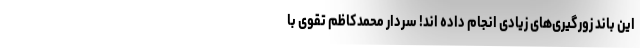
این باند زورگیری‌های زیادی انجام داده اند! سردار محمدکاظم تقوی با